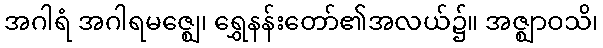
အဂါရံ အဂါရမဇ္ဈေ၊ ရွှေနန်းတော်၏အလယ်၌။ အဇ္ဈာဝသိ၊